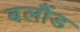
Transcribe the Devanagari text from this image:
बलौंड